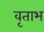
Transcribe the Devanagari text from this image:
वृताभ